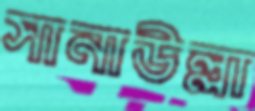
সানাউল্লা